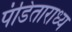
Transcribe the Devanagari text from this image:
पंडिताराध्य